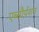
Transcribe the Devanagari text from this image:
एब्सौर्पशन